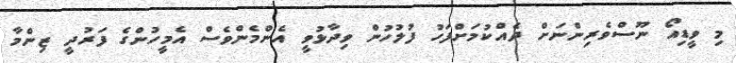
މި ވީޑިއޯ ނޫސްވެރިންނަށް ދެއްކުމަށްފަހު ފުލުހުން ވިދާޅުވީ އެންމެންވެސް އެމީހުންގެ ފަރުދީ ޒިންމާ